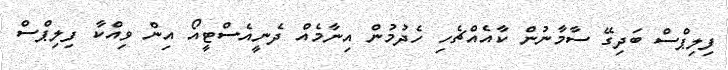
ފިލިޕްސް ބަދިގޭ ސާމާނުން ކާއެއްޗެހި ހެދުމުން އިނާމެއް ދެނީއެސްޓީއޯ އިން ވިއްކާ ފިލިޕްސް